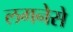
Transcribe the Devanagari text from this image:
लगनेसे